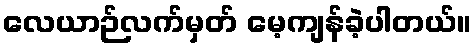
လေယာဉ်လက်မှတ် မေ့ကျန်ခဲ့ပါတယ်။